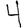
Digit: 4